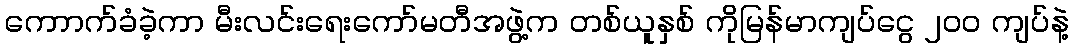
ကောာက်ခံခဲ့ကာ မီးလင်းရေးကော်မတီအဖွဲ့က တစ်ယူနှစ် ကိုမြန်မာကျပ်ငွေ ၂၀၀ ကျပ်နဲ့